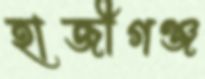
হাজীগঞ্জ